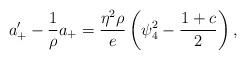
LaTeX: \begin{align*}a_+'-\frac{1}{\rho}a_+=\frac{\eta^2\rho}{e}\left(\psi_4^2-\frac{1+c}{2}\right),\end{align*}